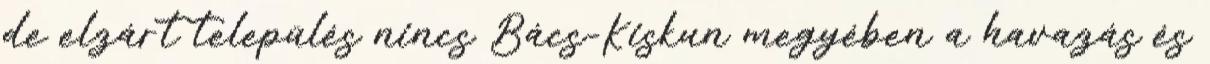
de elzárt település nincs Bács-Kiskun megyében a havazás és